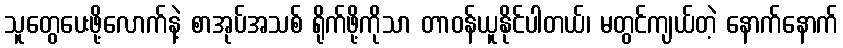
သူတွေပေးဖို့လောက်နဲ့ စာအုပ်အသစ် ရိုက်ဖို့ကိုသာ တာဝန်ယူနိုင်ပါတယ်၊ မတွင်ကျယ်တဲ့ နောက်နောက်